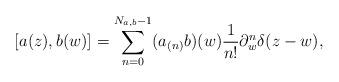
LaTeX: \begin{align*}[a(z),b(w)]=\sum_{n= 0}^{N_{a,b}-1}(a_{(n)}b)(w)\frac{1}{n!}\partial_w^n\delta(z-w),\end{align*}